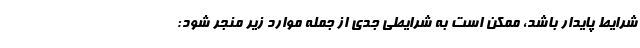
شرایط پایدار باشد، ممکن است به شرایطی جدی از جمله موارد زیر منجر شود: